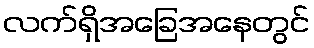
လက်ရှိအခြေအနေတွင်